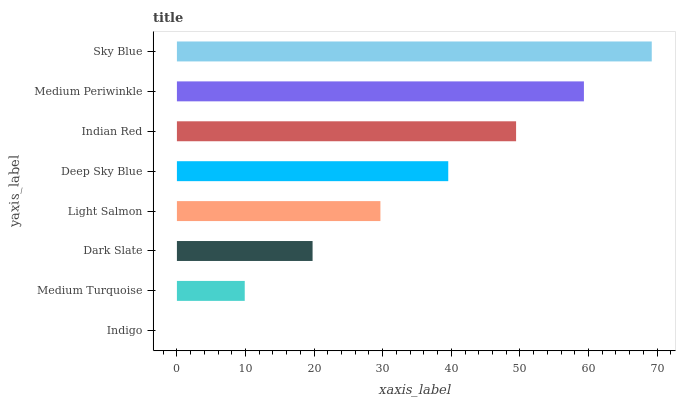
| yaxis_label | bars |
 | --- | --- |
 | Indigo | 0 |
 | Medium Turquoise | 9.89 |
 | Dark Slate | 19.8 |
 | Light Salmon | 29.7 |
 | Deep Sky Blue | 39.6 |
 | Indian Red | 49.4 |
 | Medium Periwinkle | 59.3 |
 | Sky Blue | 69.2 |